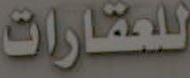
للعقارات